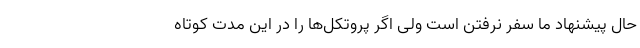
حال پیشنهاد ما سفر نرفتن است ولی اگر پروتکل‌ها را در این مدت کوتاه